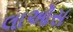
લાઑસ